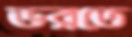
ভরতে